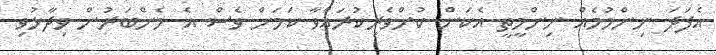
އެފަދަ ނިންމުމެއް ނިންމީތީ އެކަން ކުށްވެރިކުރައްވާ ކަމަށް ވެސް އެ މެންބަރުން ވިދާޅުވި